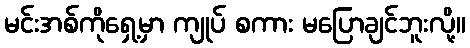
မင်းအစ်ကိုရှေ့မှာ ကျုပ် စကား မပြောချင်ဘူးလို့။